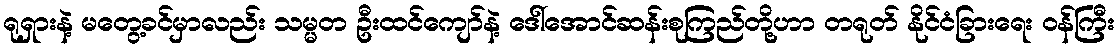
ရုရှားနဲ့ မတွေ့ခင်မှာလည်း သမ္မတ ဦးထင်ကျော်နဲ့ ဒေါ်အောင်ဆန်းစုကြည်တို့ဟာ တရုတ် နိုင်ငံခြားရေး ဝန်ကြီး